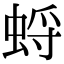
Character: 蛶